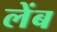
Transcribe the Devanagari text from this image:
लेंब